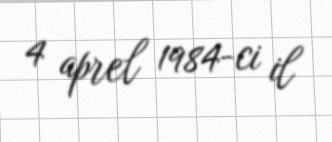
4 aprel 1984-ci il